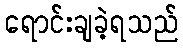
ရောင်းချခဲ့ရသည်